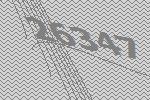
26347